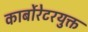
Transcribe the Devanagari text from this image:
कार्बोरेटरयुक्त